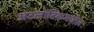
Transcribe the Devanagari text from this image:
अटलांटिकमधील